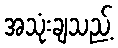
အသုံးချသည့်